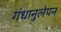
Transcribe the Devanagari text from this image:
गंधानुलेपन